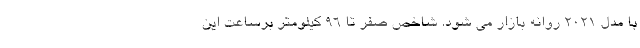
با مدل 2021 روانه بازار می شود. شاخص صفر تا 96 کیلومتر برساعت این